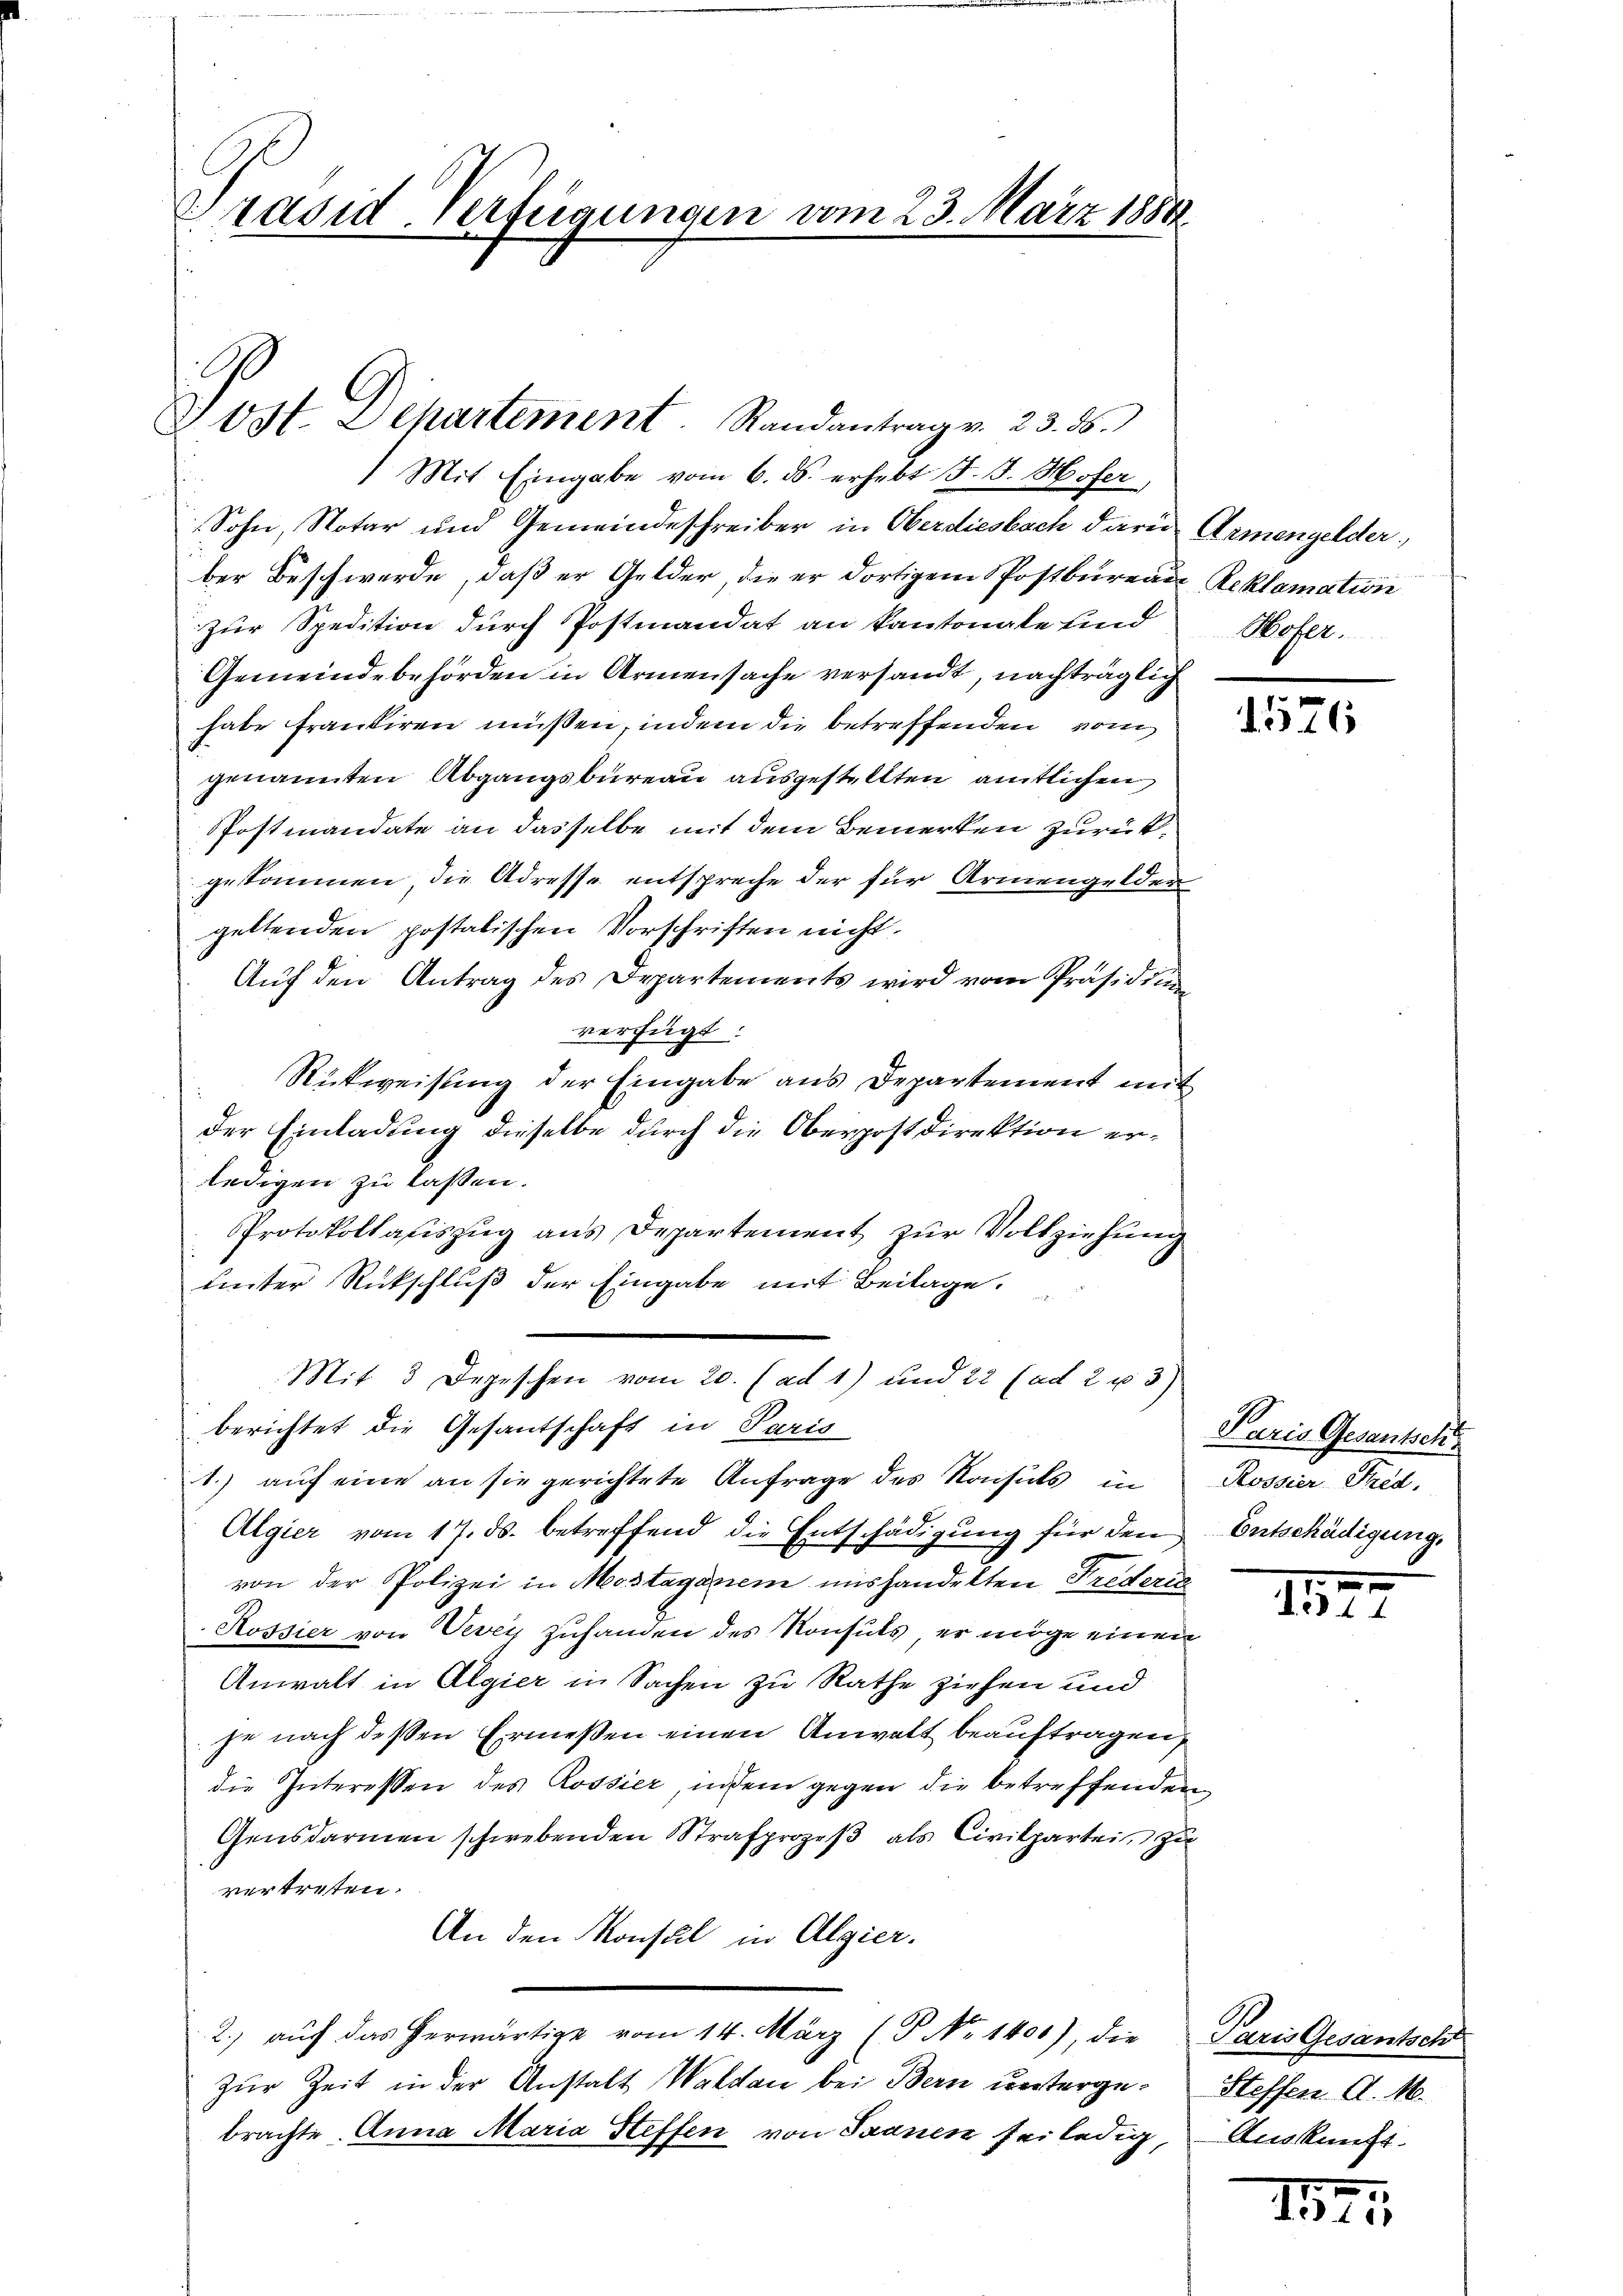
Brasid Vertregungen vom 23. März 1881

Jost. Departement Randantrag v. 23. ds.

1 Mit Eingabe vom 6. ds. erhebt J. J. Hofer
Sohn, Notar und Gemeindeschreiber in Oberdiesbach darin Armengelder,
ber Beschwerde, daß er Gelder, die er dortigem Postbureau Reklamation
Zur Spedition durch Postmandat an kantonale und
Gemeindebehörden in Armensache versandt, nachträglich
habe frankieren müßen, indem die betreffenden vom
genannten Abgangsbureau ausgestellten amtlichen
PPostmandate an dasselbe mit dem Bemerken zurückgekommen die Adresse entspreche der für Armengelder
geltenden postatischen Vorschriften nicht.
Auf den Antrag des Departements wird vom Präsidium
verfügt:
Rückweisung der Eingabe aus Departement mit
der Einladung dieselbe durch die Oberpostdirektion erledigen zu lassen.
Protokollafiszug aus Departement zur Vollziehung
unter Rückschluß der Eingabe mit Beilage.
Mit 3 Depeschen vom 20. (ad 1) und 22 (ad 2 u 3)
berichtet die Gesantschaft in Paris
1.) auf eine an sie gerichtete Anfrage des Konsuls in
Algier vom 17. ds. betreffend die Entschädigung für den
von der Polizei in Mostagenem mishandelten Frederin
Rossier von Vevey zuhanden des Konsuls, er möge einen
Anwalt in Algier in Sachen zu Rathe ziehen und
je nach deßen Ermeßen einen Anwalt beauftragen,
die Interessen des Rossier, indem gegen die betreffenden
Gensdarmen schwebenden Strafprozeβ als Civilpartei, zu
vertreten.
An den Konsul in Algier.
2.) auch das herwärtige vom 14. März (P No 1400), die Paris Gesantsch
Zur Zeit in der Anstalt Waldau bei Bern unterge- Steffen. A. M.
brachte. Anna Maria Steffen von Saanen feiledig, Auskunft

Hofer.

1576

Paris Gesantsch
Rossier Ped.
Entschädigung.

de11

7
e 15